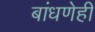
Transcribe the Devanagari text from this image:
बांधणेही